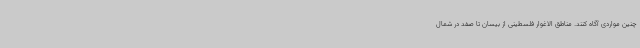
چنین مواردی آگاه کنند. مناطق الاغوار فلسطینی از بیسان تا صفد در شمال